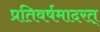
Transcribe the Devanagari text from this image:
प्रतिवर्षमादरत्